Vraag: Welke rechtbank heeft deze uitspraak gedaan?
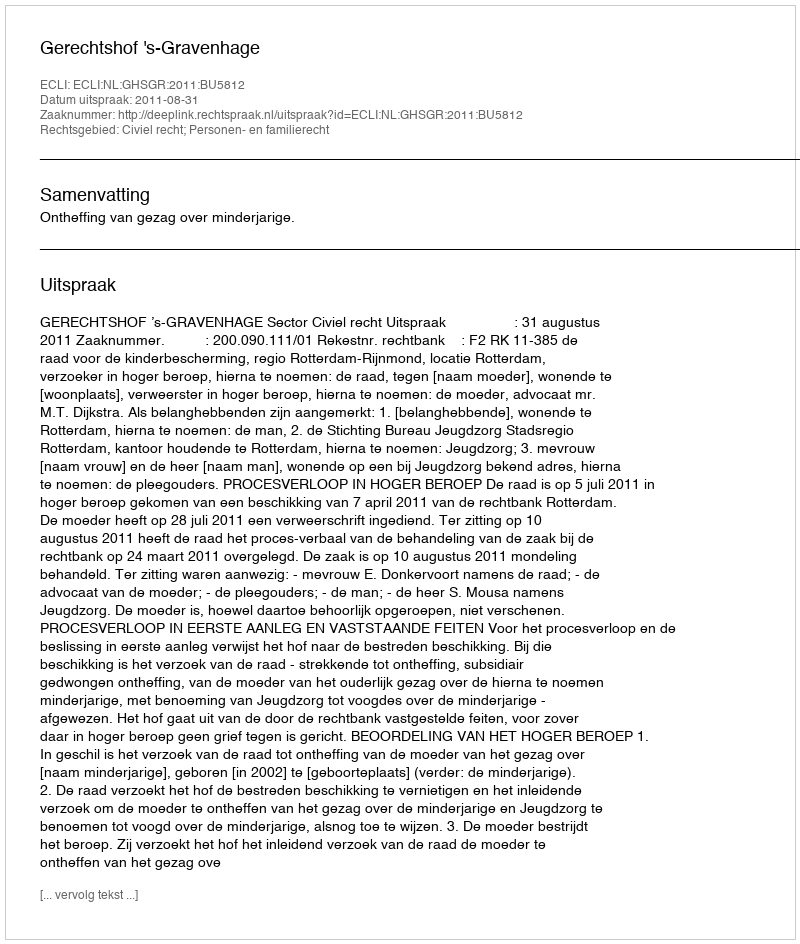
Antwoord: Gerechtshof 's-Gravenhage